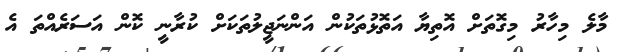
މާލެ މިހާރު މިގޮތަށް އޮތިޔާ އަތޮޅުތަކުން އަންނަޖީލުތަކަށް ކުރާނީ ކޮން އަސަރެއްތަ އެ